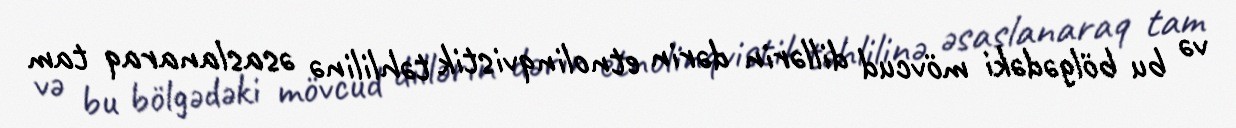
və bu bölgədəki mövcud dillərin dərin etnolinqvistik təhlilinə əsaslanaraq tam